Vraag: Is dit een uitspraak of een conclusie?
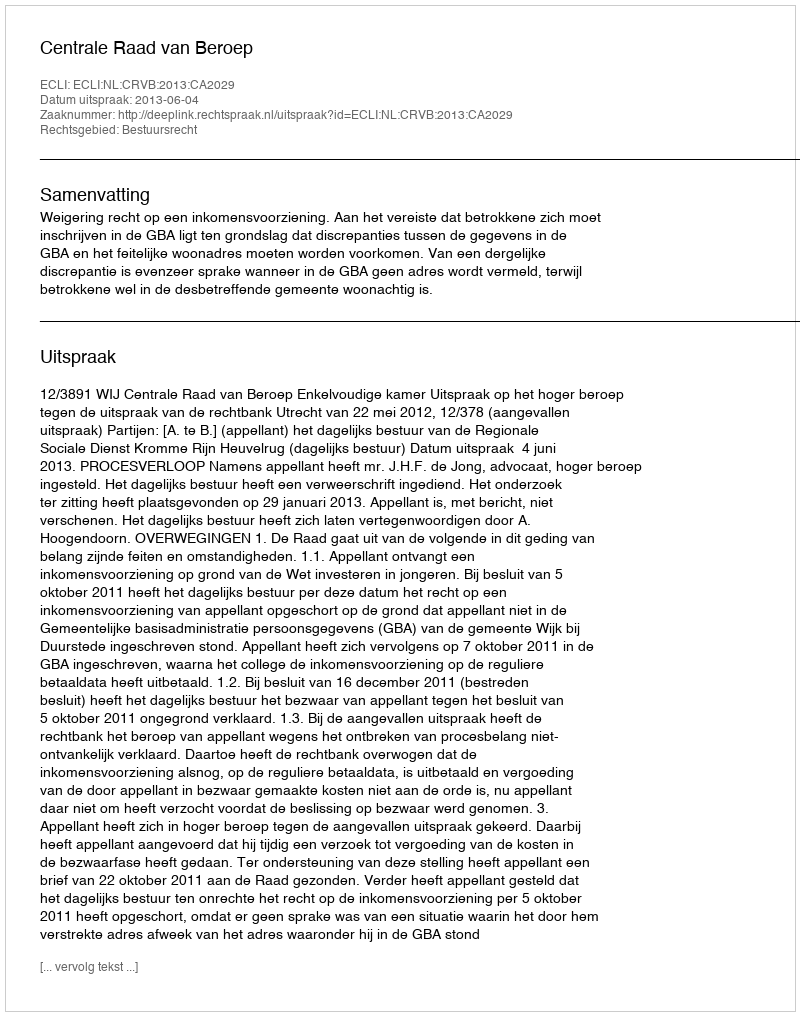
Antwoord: Uitspraak